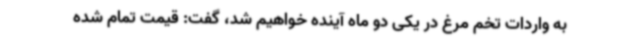
به واردات تخم مرغ در یکی دو ماه آینده خواهیم شد، گفت: قیمت تمام شده